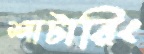
শাটারিং